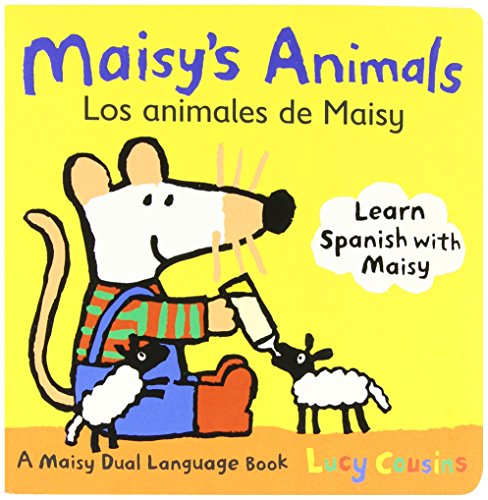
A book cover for Maisy's Animals Los Animales de Maisy: A Maisy Dual Language Book (Spanish Edition); Lucy Cousins; Children's Books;